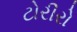
ટોરીરો